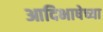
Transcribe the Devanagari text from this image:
आदिभाषेच्या